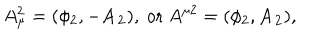
LaTeX: A _ { \mu } ^ { 2 } = ( \phi _ { 2 } , - \mathbf { A _ { 2 } } ) , ~ \mathrm { o r } ~ A ^ { \mu 2 } = ( \phi _ { 2 } , \mathbf { A _ { 2 } } ) ,